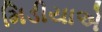
મિડીયાએ